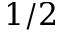
1 / 2